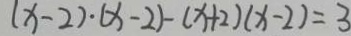
( x - 2 ) \cdot ( x - 2 ) - ( x + 2 ) ( x - 2 ) = 3